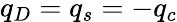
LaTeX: q_{D}=q_{s}=-q_{c}